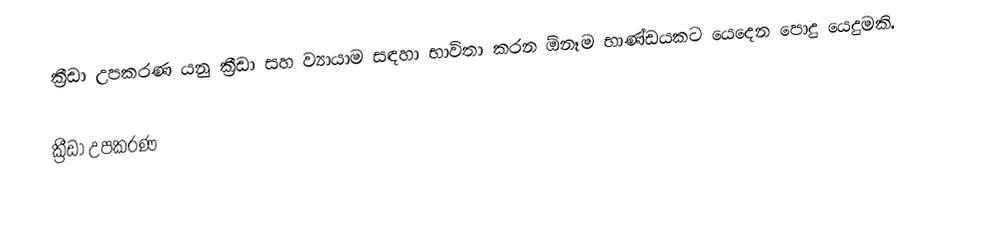
ක්‍රීඩා උපකරණ යනු ක්‍රීඩා සහ ව්‍යායාම සඳහා භාවිතා කරන ඕනෑම භාණ්ඩයකට යෙදෙන පොදු යෙදුමකි.

ක්‍රීඩා උපකරණ